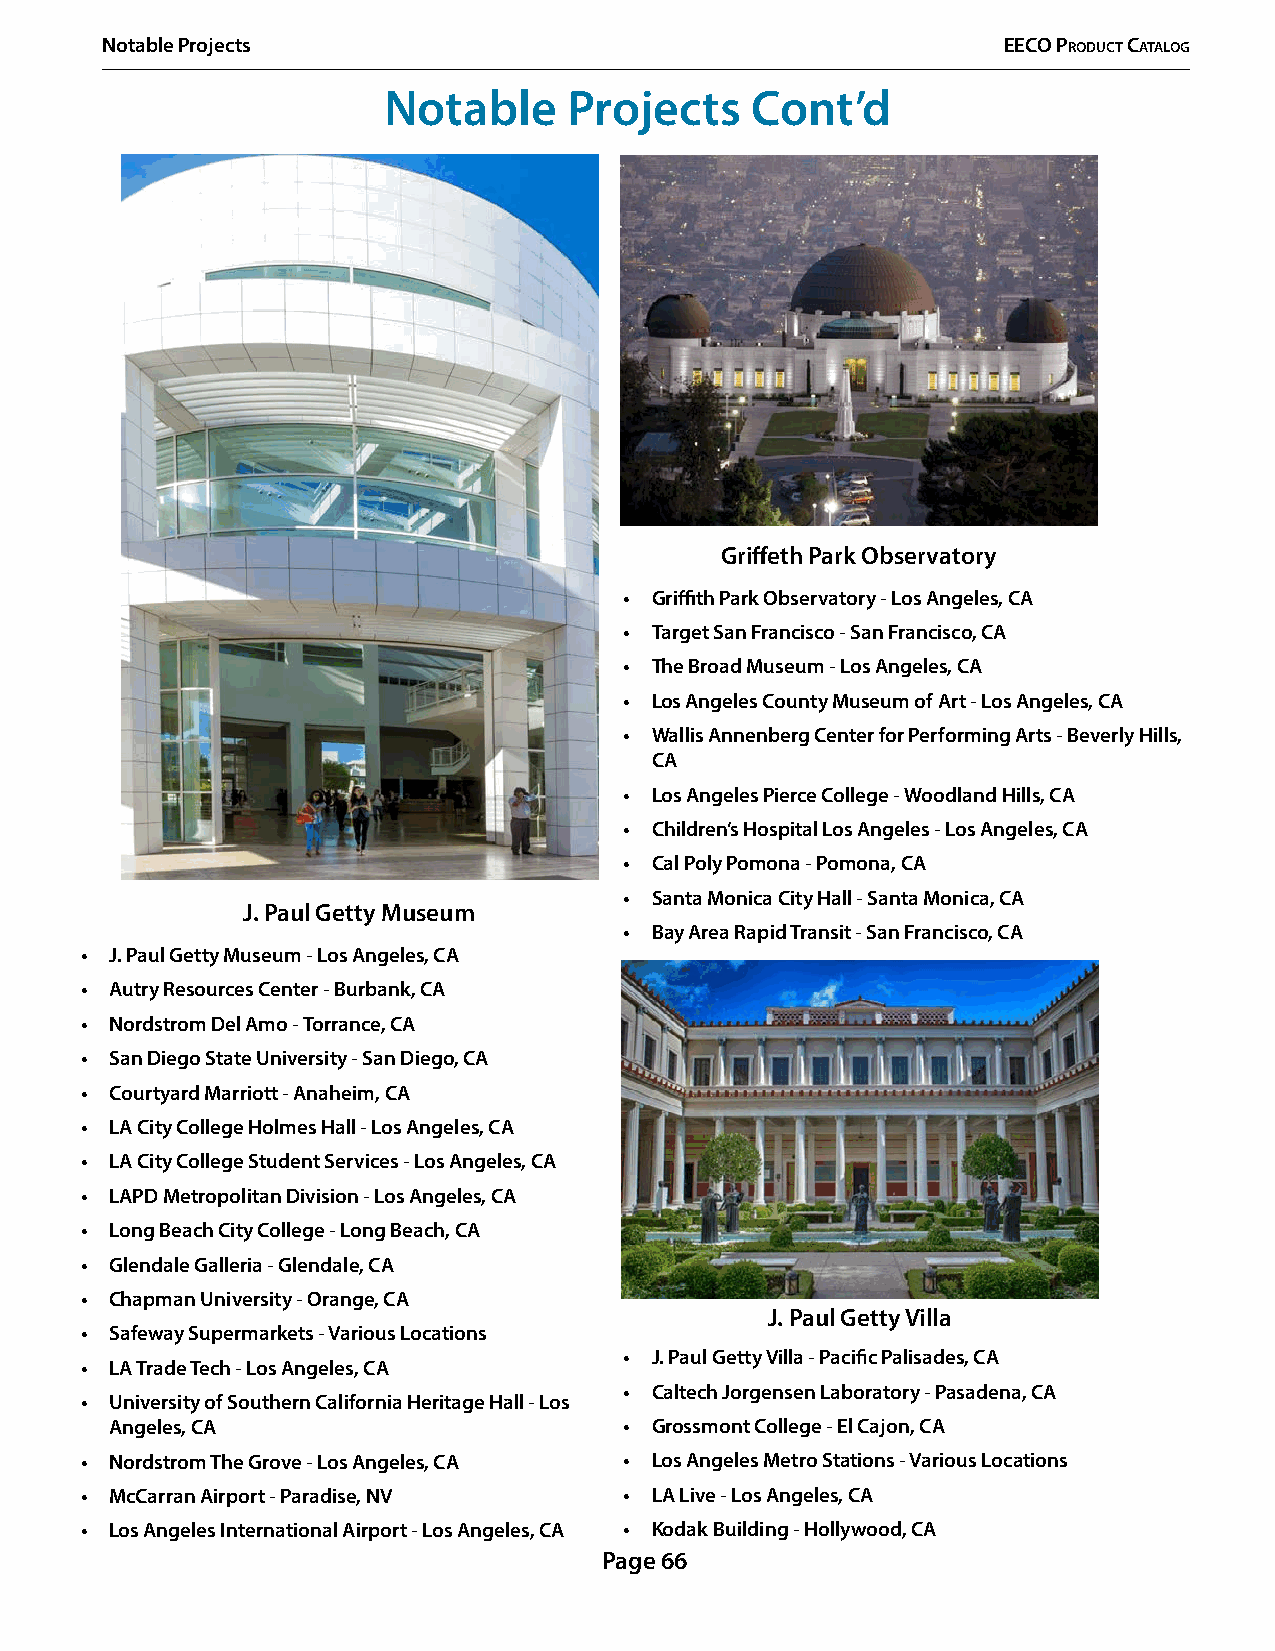
Notable Projects                                           EECO PrOduCt CatalOg
 Notable      Projects    Cont’d
 Griffeth Park Observatory
 • Griffith Park Observatory - Los Angeles, CA
 • Target San Francisco - San Francisco, CA
 • The Broad Museum - Los Angeles, CA
 • Los Angeles County Museum of Art - Los Angeles, CA
 • Wallis Annenberg Center for Performing Arts - Beverly Hills,
 CA
 • Los Angeles Pierce College - Woodland Hills, CA
 • Children’s Hospital Los Angeles - Los Angeles, CA
 • Cal Poly Pomona - Pomona, CA
 • Santa Monica City Hall - Santa Monica, CA
 J. Paul Getty Museum
 • Bay Area Rapid Transit - San Francisco, CA
 • J. Paul Getty Museum - Los Angeles, CA
 • Autry Resources Center - Burbank, CA
 • Nordstrom Del Amo - Torrance, CA
 • San Diego State University - San Diego, CA
 • Courtyard Marriott - Anaheim, CA
 • LA City College Holmes Hall - Los Angeles, CA
 • LA City College Student Services - Los Angeles, CA
 • LAPD Metropolitan Division - Los Angeles, CA
 • Long Beach City College - Long Beach, CA
 • Glendale Galleria - Glendale, CA
 • Chapman University - Orange, CA
 J. Paul Getty Villa
 • Safeway Supermarkets - Various Locations
 • J. Paul Getty Villa - Pacific Palisades, CA
 • LA Trade Tech - Los Angeles, CA
 • Caltech Jorgensen Laboratory - Pasadena, CA
 • University of Southern California Heritage Hall - Los
 Angeles, CA                       • Grossmont College - El Cajon, CA
 • Nordstrom The Grove - Los Angeles, CA • Los Angeles Metro Stations - Various Locations
 • McCarran Airport - Paradise, NV   • LA Live - Los Angeles, CA
 • Los Angeles International Airport - Los Angeles, CA • Kodak Building - Hollywood, CA
 Page 66